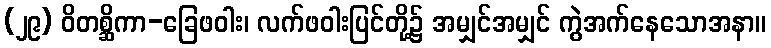
(၂၉) ဝိတစ္ဆိကာ-ခြေဖဝါး၊ လက်ဖဝါးပြင်တို့၌ အမျှင်အမျှင် ကွဲအက်နေသောအနာ။